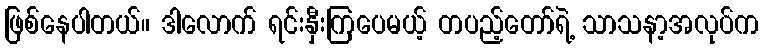
ဖြစ်နေပါတယ်။ ဒါလောက် ရင်းနှီးကြပေမယ့် တပည့်တော်ရဲ့ သာသနာ့အလုပ်က